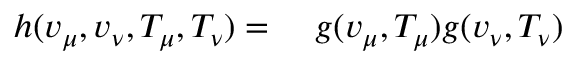
\begin{array} { r l } { h ( v _ { \mu } , v _ { \nu } , T _ { \mu } , T _ { \nu } ) = \ } & { { } g ( v _ { \mu } , T _ { \mu } ) g ( v _ { \nu } , T _ { \nu } ) } \end{array}